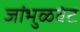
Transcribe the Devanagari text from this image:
जांभुळवेट